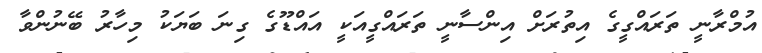
އުމްރާނީ ތަރައްގީގެ އިތުރަށް އިންސާނީ ތަރައްގީއަކީ އައްޑޫގެ ގިނަ ބަޔަކު މިހާރު ބޭނުންވާ